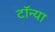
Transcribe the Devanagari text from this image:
टॉन्या